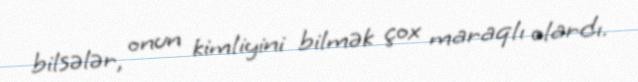
bilsələr, onun kimliyini bilmək çox maraqlı olardı.